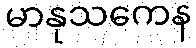
မာနုသကေန